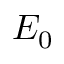
E _ { 0 }